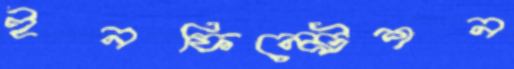
ইনফিল্ট্রেশন